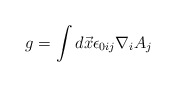
\begin{align*}g=\int d\vec x \epsilon_{0ij}\nabla_i A_j\end{align*}